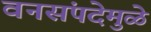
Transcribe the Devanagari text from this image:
वनसंपदेमुळे